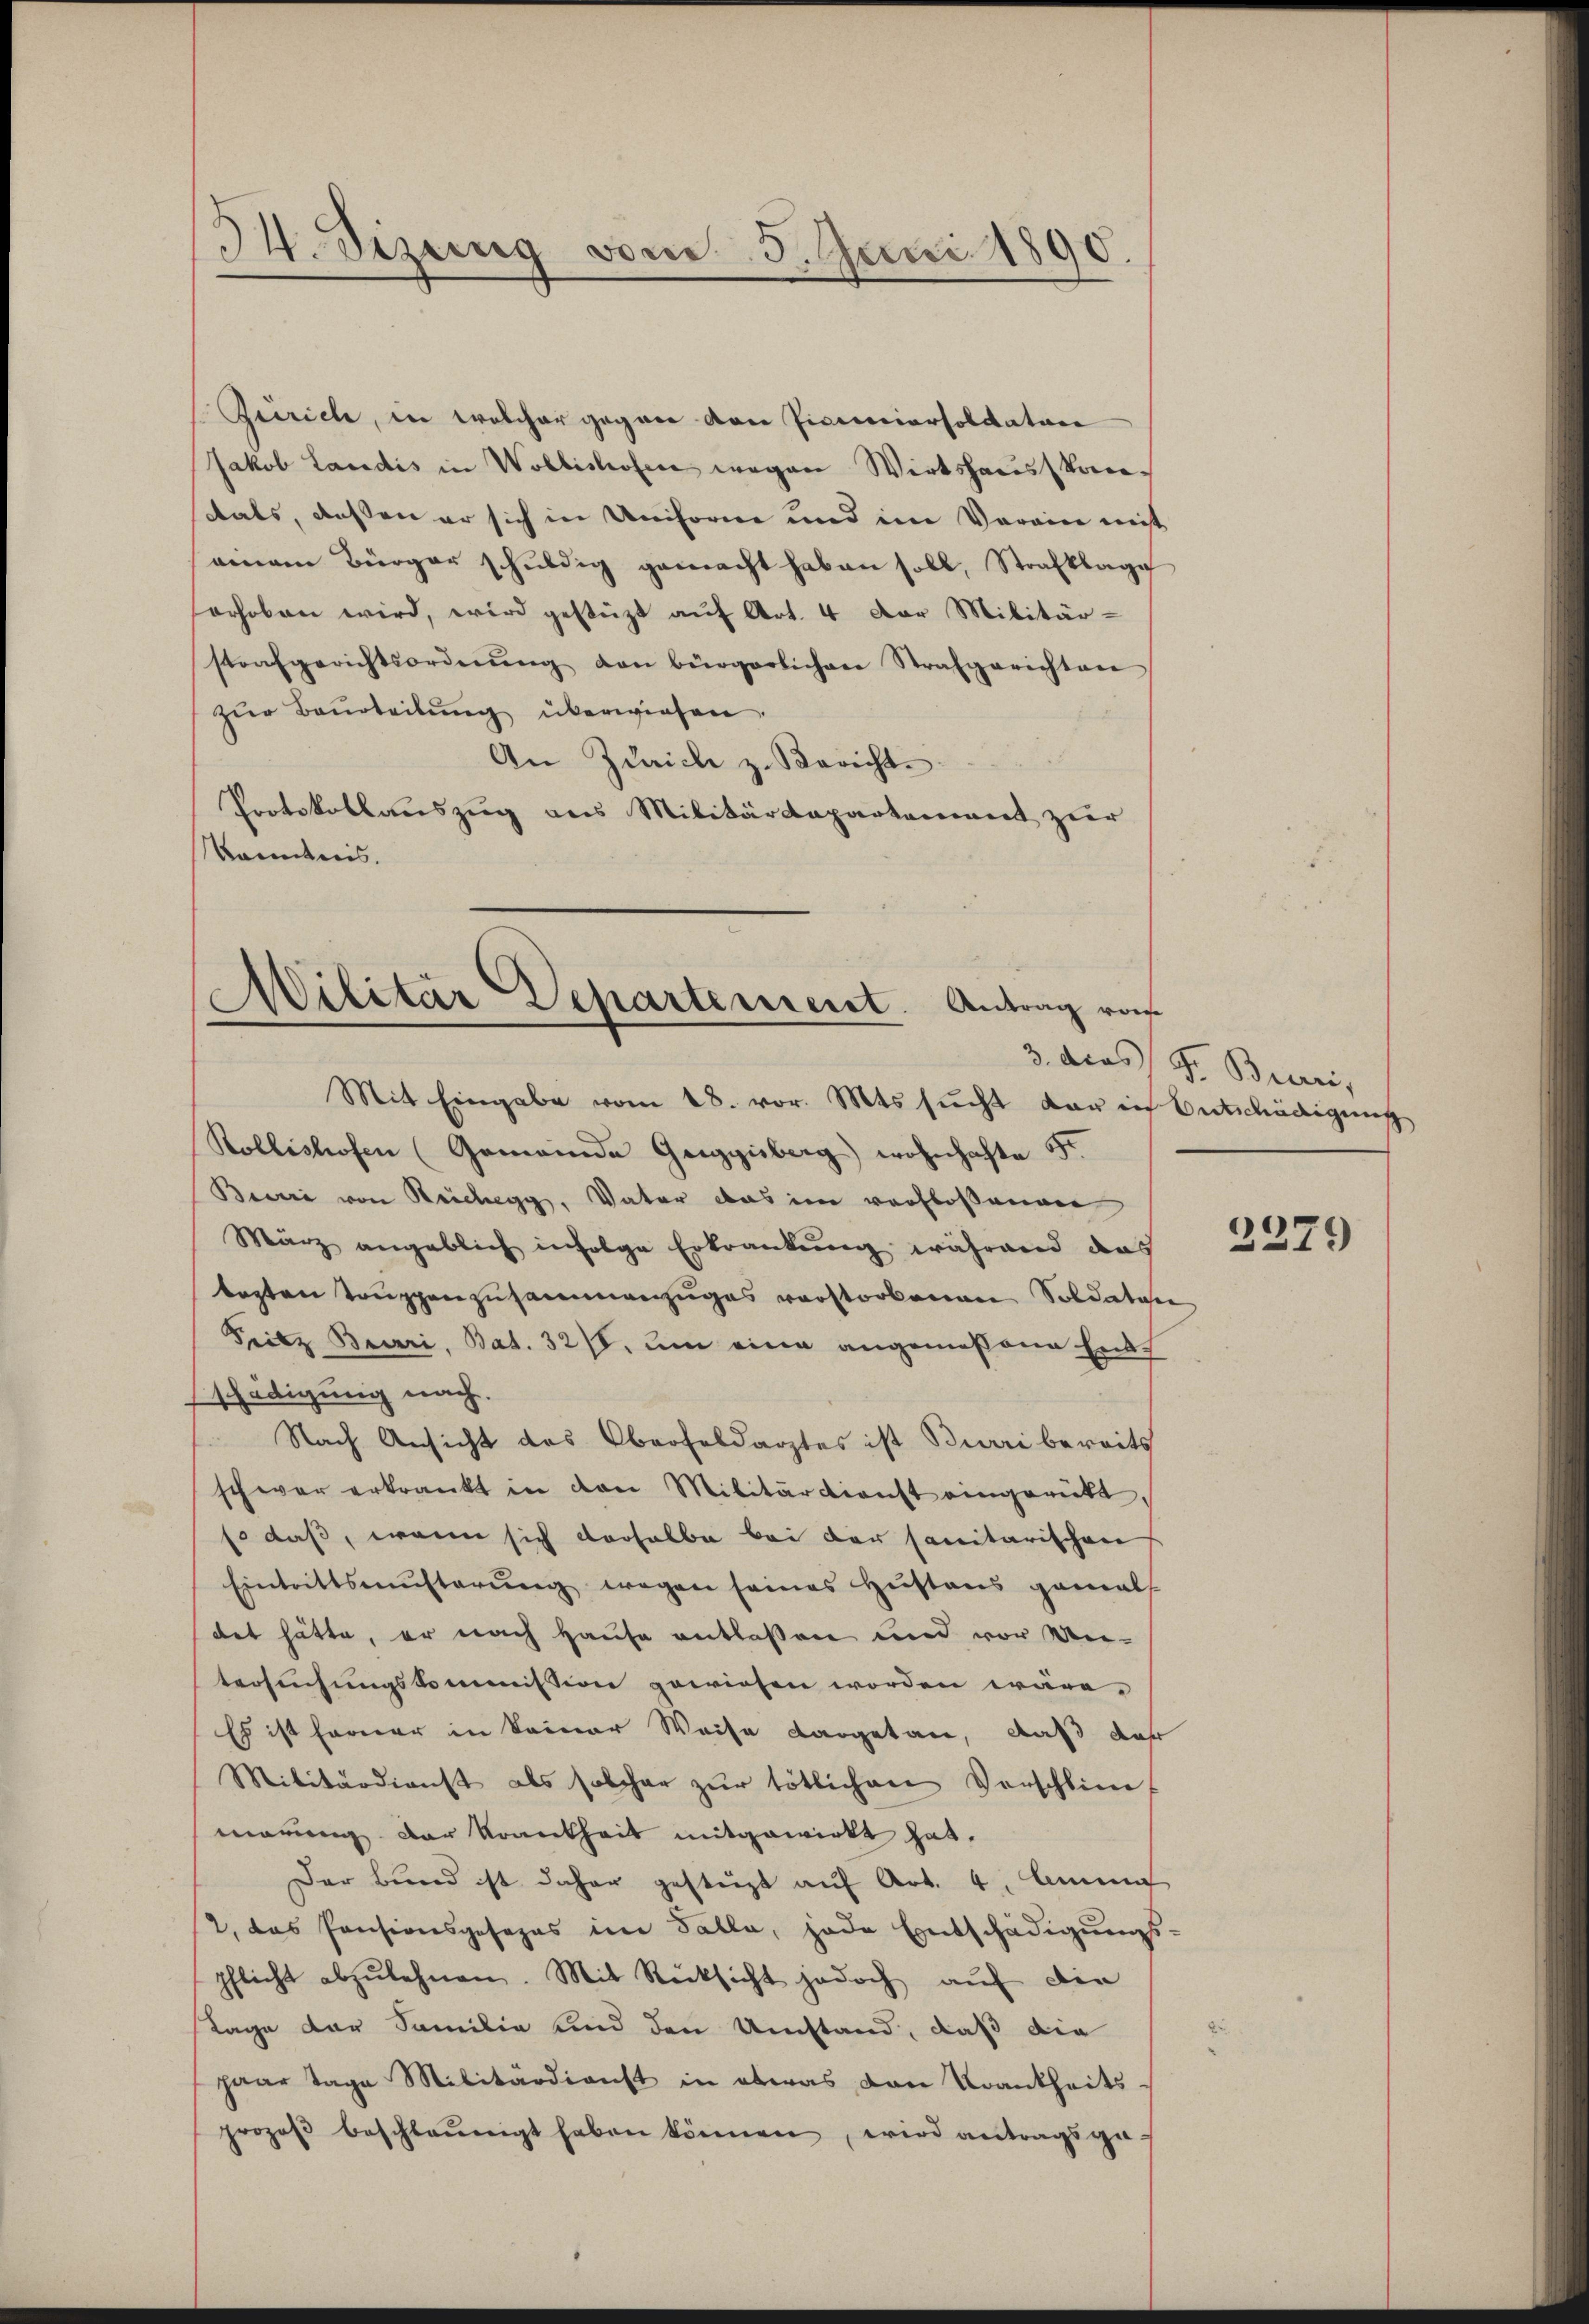
34. Sizung vom 5. Juni 1890.

Zeirich, in welcher gegen von Picecccorsoldature
Jakob Landis in Wollishofen wegen Wirtshausstantals, dessen er sich in Uniforne und im Vereine nicht
einem Bürger schŭldig gemacht haben soll, Strafklage
erhoben wird, wird gestüzt auf Art. 4 der Militär-
strafgerichtsordnŭng den bürgerlichen Strafgerichten
zur Beurteilung überwiesen.
An Zürich z. Berichte
Protokollauszug aus Militärdepartement zur
kanntnis.

Militär Departement. Antrag vo
Mit Eingabe vom 18. vor. Mts sucht darin Entschädigung

Rollishofen (Gemeinde Geiggisberg wohnhafte St
Bević von Reichegg, Vater das im verfloßenen
März angeblich infolge Erkrankung während das
begten Truppenzusammenzuges verstorbenen Soldaten
Fritz Burri, Bat. 327, um eine angemeßene Ents
schädigung nach.
Nach Ansicht des Oberfeldarztes ist Burri bereits
schwer erkrankt in den Militärdienst eingerückt.
so daß, wenn sich derselbe bei der sanitarischen
Eintrittsmŭsterŭng wegen seines Hustens gemals
det hätte, er nach Hause entlaßen und vor Ver-
tersuchungskommission gewiesen worden wäre.
Es ist ferner in keiner Weise dargetan, daß daß
Militärdienst als solcher zŭr tötlichen Vorschlim
märung der Krankheit mitgewirkt hat.
Der Bund ist daher gestüzt auf Art. 4. Anna
2, das Pensionsgesezes im Falle, jede Entschädigungs-
pflicht abzulehnen. Mit Rücksicht jedoch auf die
Tage der Familie sind den Umstand, daß die
paar Tage Militärdienst in etwas von Krankheits-
prozoβ beschleunigt haben können, wird antragsge-

3. dies Fr. Burri,

2279